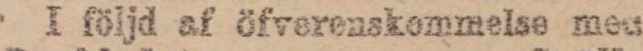
I följd af öfverenskommelse men